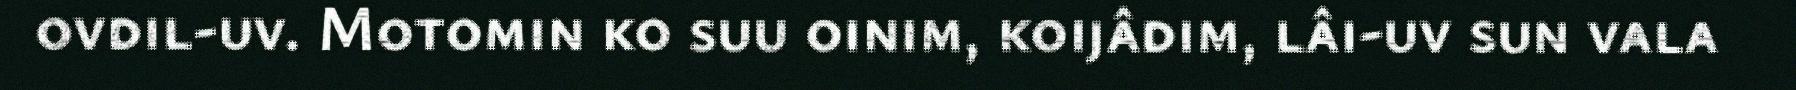
ovdil-uv. Motomin ko suu oinim, koijâdim, lâi-uv sun vala